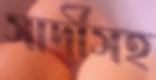
সাদীসহ